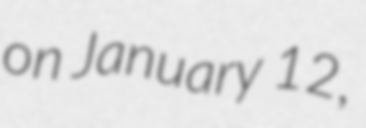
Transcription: on January 12,